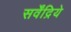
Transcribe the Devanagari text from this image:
सर्वेंद्रिये